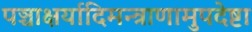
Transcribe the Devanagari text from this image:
पञ्चाक्षर्यादिमन्त्राणामुपदेष्टा